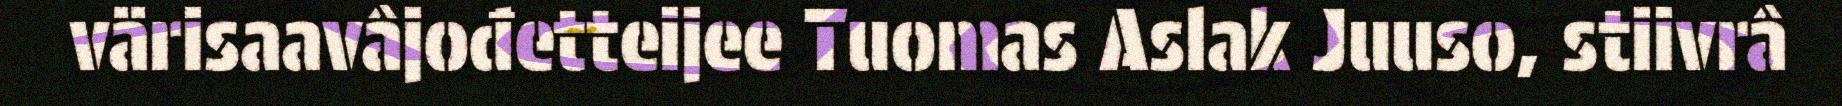
värisaavâjođetteijee Tuomas Aslak Juuso, stiivrâ